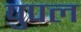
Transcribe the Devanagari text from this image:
पुपल